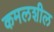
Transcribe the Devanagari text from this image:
कमलशील